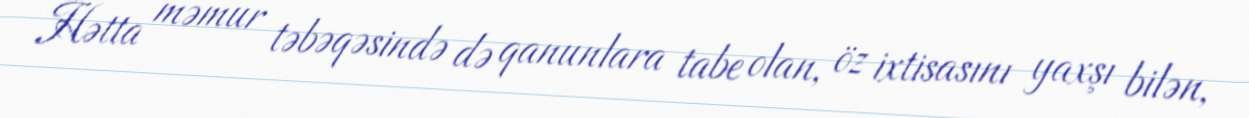
Hətta məmur təbəqəsində də qanunlara tabe olan, öz ixtisasını yaxşı bilən,